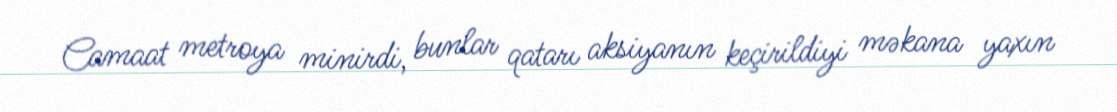
Camaat metroya minirdi, bunlar qatarı aksiyanın keçirildiyi məkana yaxın